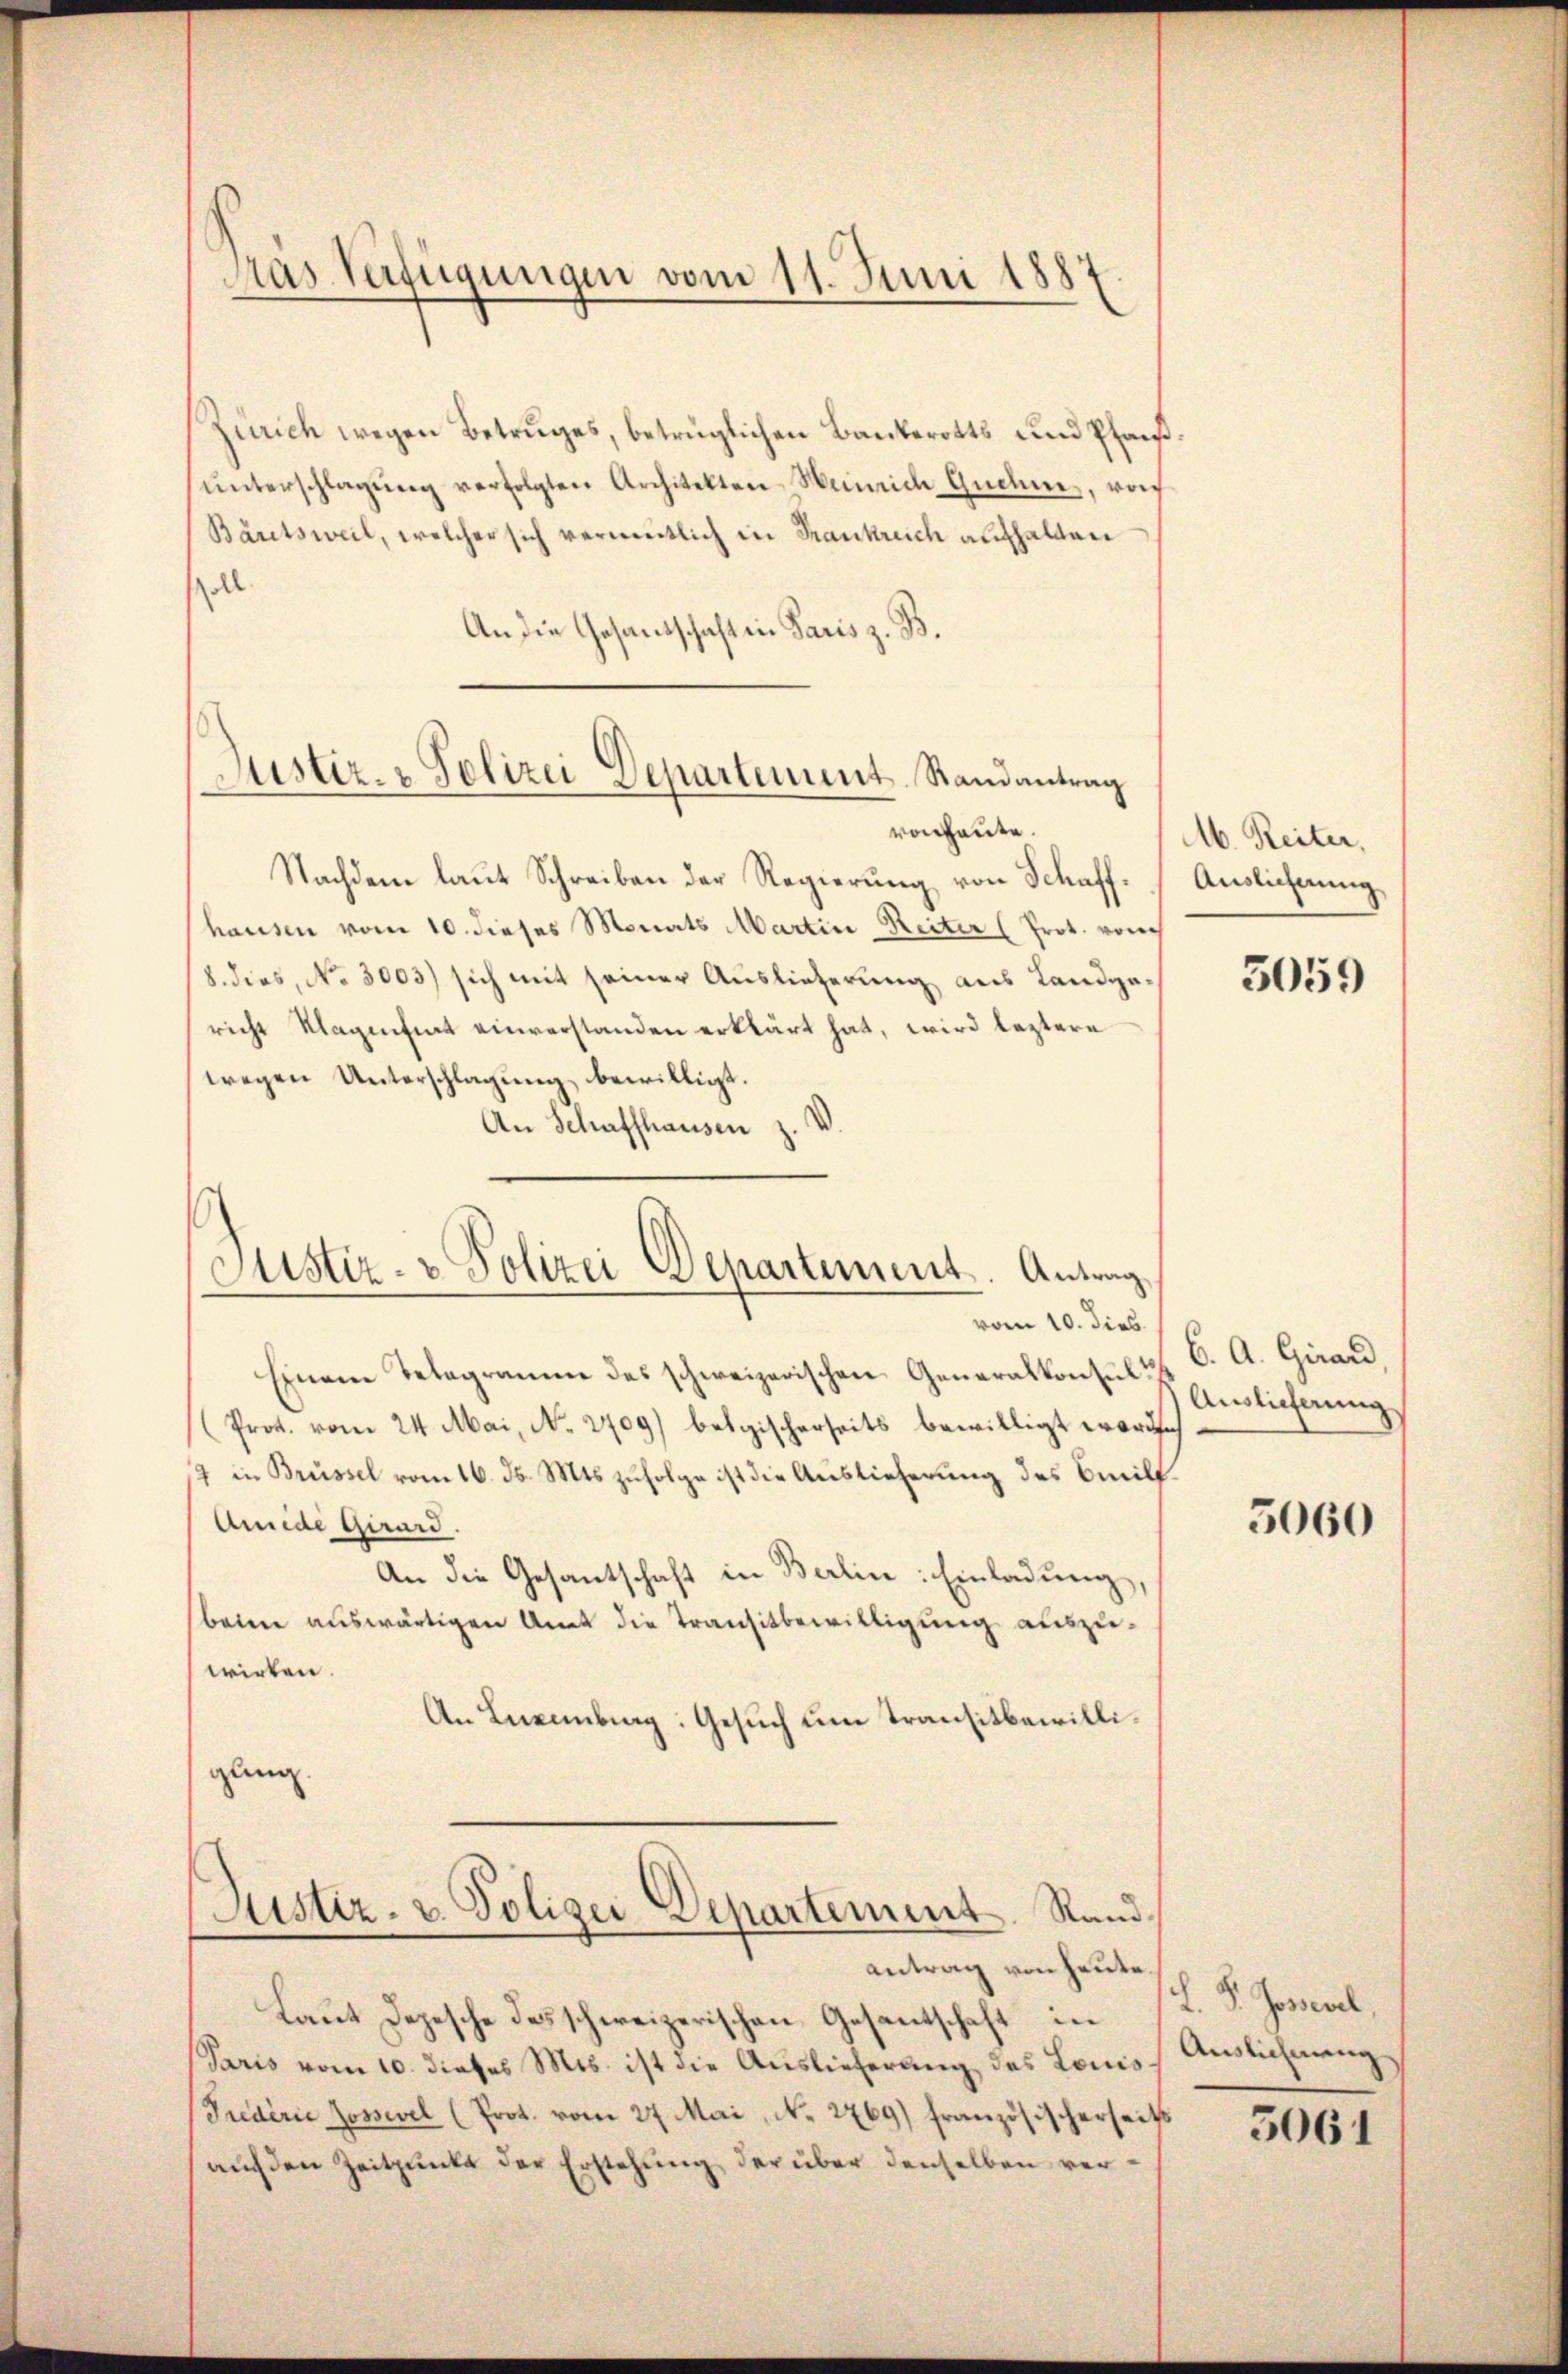
Tras Verfügungen vom 11. Juni 1887.

Zürich wegen Betruges, betrüglichen Bankerotts und Pfan
ŭnterschlagung verfolgten Architekten-Weinrich Quehne, wor
Bäretsweil, welcher sich vermutlich in Frankreich aufhalten
soll.
An die Gesandschaft in Paris z. B.
von heute.
Nachdem laut Schreiben der Regierung von Schaffhausen vom 10. dieses Monats Martin Reiter (Prot. von
8. dies, No 3003) sich mit seiner Auslieferung aus Landge-
richt Klagenfrat einverstanden erklärt hat, wird leztere
wegen Unterschlagung bewilligt.
An Schaffhausen z.

Justiz- & Polizei Departement. Randantrag

Justiz- & Polizei Departement. Antrag
.
vom 10. dies

antrag von heute

Einen Telegramm des schweizerischen Generalkonses Endlicherung
(Prot. vom 24. Mai, No. 2709) belgischerseits bewilligt worde
4 in Brüssel vom 16. ds. Mts. zufolge ist die Auslieferung des Beilf¬
Amide Girard.
An die Gesantschaft in Berlin: Einladung,
beime auswärtigen Amt die Transitbewilligung auszuwirken.
An Luxenburg: Gesuch um transitbewilliglung
Justiz- u. Polizei Departement. Rand

Laut Depesche des schweizerischen Gesantschaft in
Paris vom 10. dieses Mts. ist die Auslieferung des Louis
Puederie Jossevel (Prot. vom 27. Mai, No. 2769) französischerseits
auf den Zeitpunkt der Erstehung der über denselben ver¬

M. Reiter,
Auslicherung

5059

6. A. Girard,

5060

L. P. Jonal,
Auslichnung

5061